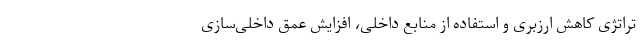
تراتژی کاهش ارزبری و استفاده از منابع داخلی، افزایش عمق داخلی‌سازی